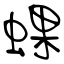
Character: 蜾